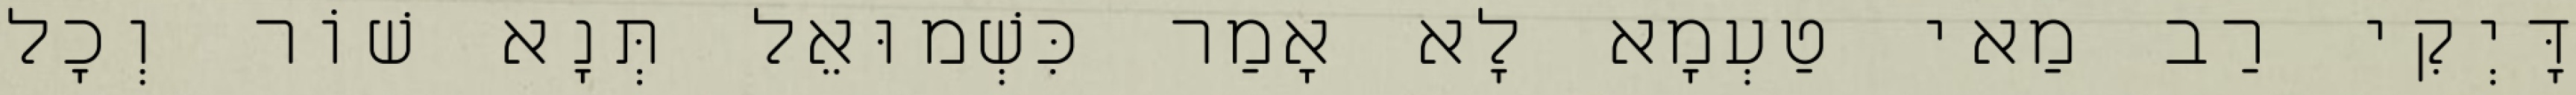
דָּיְקִי רַב מַאי טַעְמָא לָא אָמַר כִּשְׁמוּאֵל תְּנָא שׁוֹר וְכׇל